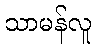
သာမန်လူ